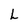
Character: L